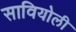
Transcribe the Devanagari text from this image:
सावियोली